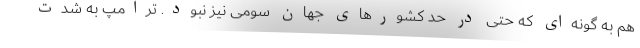
هم به گونه‌ای که حتی در حد کشورهای جهان سومی نیز نبود. ترامپ به شدت